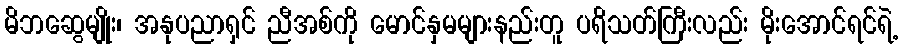
မိဘဆွေမျိုး၊ အနုပညာရှင် ညီအစ်ကို မောင်နှမများနည်းတူ ပရိသတ်ကြီးလည်း မိုးအောင်ရင်ရဲ့